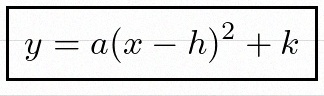
y=a(x-h)^2+k